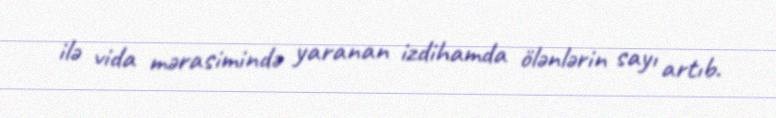
ilə vida mərasimində yaranan izdihamda ölənlərin sayı artıb.